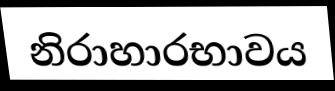
නිරාහාරභාවය